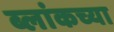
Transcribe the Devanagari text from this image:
ब्लांकच्या